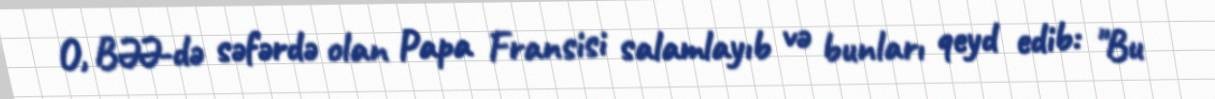
O, BƏƏ-də səfərdə olan Papa Fransisi salamlayıb və bunları qeyd edib: "Bu